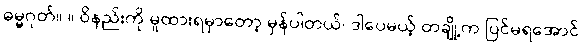
ဓမ္မဂုတ်။ ။ ဝိနည်းကို မူထားရမှာတော့ မှန်ပါတယ်၊ ဒါပေမယ့် တချို့က ပြင်မရအောင်